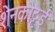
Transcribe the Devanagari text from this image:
शेनकोट्टई